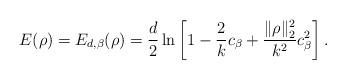
LaTeX: \begin{align*}E(\rho)=E_{d,\beta}(\rho)=\frac{d}{2}\ln\left[1-\frac{2}{k}c_\beta+\frac{\|\rho\|_2^2}{k^2}c_\beta^2 \right].\end{align*}